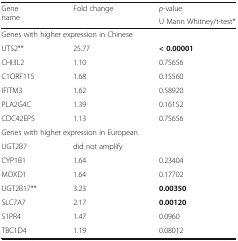
<table><thead><tr><td rowspan="2"><b>Gene name</b></td><td rowspan="2"><b>Fold change</b></td><td><b><i>p</i>-value</b></td></tr><tr><td><b>U Mann Whitney/t-test*</b></td></tr></thead><tbody><tr><td colspan="3">Genes with higher expression in Chinese</td></tr><tr><td>UTS2**</td><td>25.77</td><td><b>&lt; 0.00001</b></td></tr><tr><td>CHI3L2</td><td>1.10</td><td>0.75656</td></tr><tr><td>C1ORF115</td><td>1.68</td><td>0.15560</td></tr><tr><td>IFITM3</td><td>1.62</td><td>0.58920</td></tr><tr><td>PLA2G4C</td><td>1.39</td><td>0.16152</td></tr><tr><td>CDC42EP5</td><td>1.13</td><td>0.75656</td></tr><tr><td colspan="3">Genes with higher expression in European</td></tr><tr><td>UGT2B7</td><td>did not amplify</td><td></td></tr><tr><td>CYP1B1</td><td>1.64</td><td>0.23404</td></tr><tr><td>MOXD1</td><td>1.64</td><td>0.17702</td></tr><tr><td>UGT2B17**</td><td>3.23</td><td><b>0.00350</b></td></tr><tr><td>SLC7A7</td><td>2.17</td><td><b>0.00120</b></td></tr><tr><td>S1PR4</td><td>1.47</td><td>0.0960</td></tr><tr><td>TBC1D4</td><td>1.19</td><td>0.08012</td></tr></tbody></table>